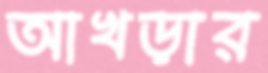
আখড়ার